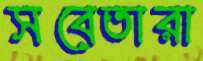
সবেতারা